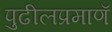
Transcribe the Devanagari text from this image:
पुढीलप्रमाणॅ